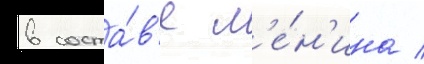
в соста́в'е л'е́н'ина /